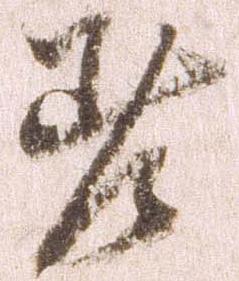
差